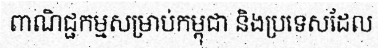
ពាណិជ្ជកម្មសម្រាប់កម្ពុជា និងប្រទេសដែល